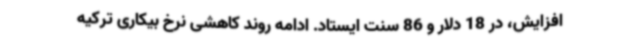
افزایش، در 18 دلار و 86 سنت ایستاد. ادامه روند کاهشی نرخ بیکاری ترکیه